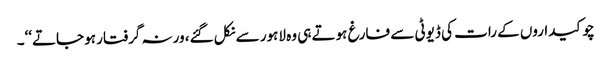
چوکیداروں کے رات کی ڈیوٹی سے فارغ ہوتے ہی وہ لاہور سے نکل گئے، ورنہ گرفتار ہو جاتے‘‘۔